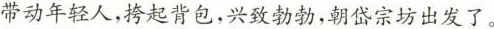
带动年轻人，挎起背包，兴致勃勃,朝岱宗坊出发了。